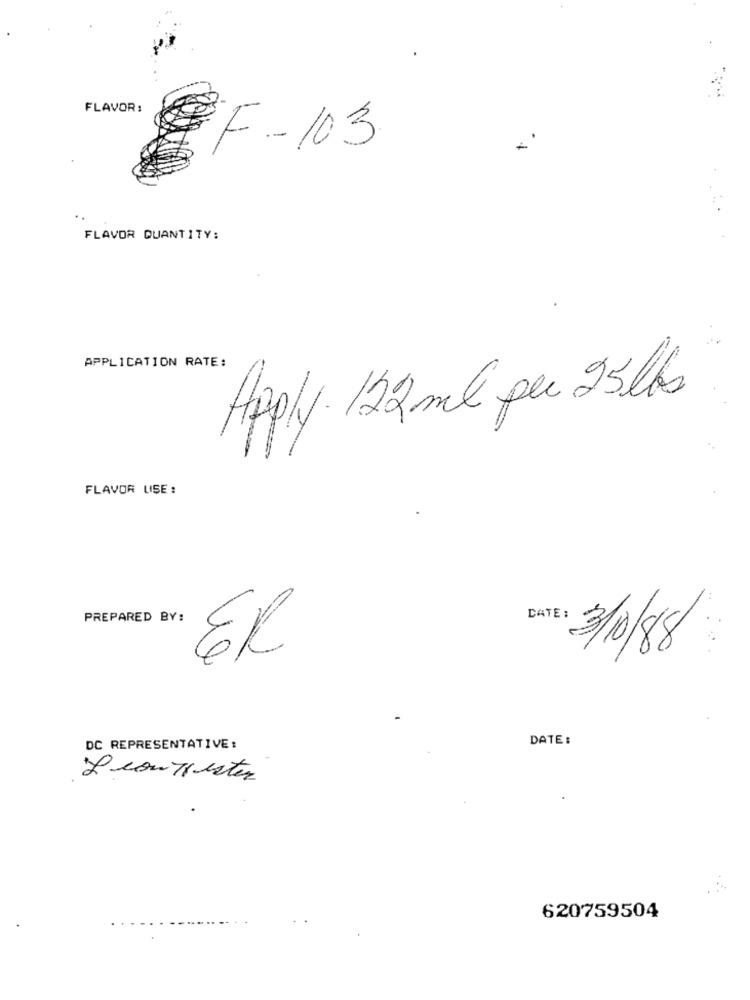
FLAVOR:
EF-103
FLAVOR QUANTITY:
APPLICATION RATE:
Apply. 122mil per 25lbs
FLAVOR LISE :
PREPARED BY:
DATE:
ER
3/10/8
DATE :
DC REPRESENTATIVE:
Lean Thester
620759504